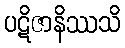
ပဋိဇာနိဿသိ